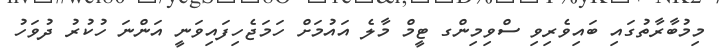
މިމުބާރާތުގައި ބައިިވެރިވި ސްވިމިންގ ޓީމް މާލެ އައުމަށް ހަމަޖެހިފައިވަނީ އަންނަ ހުކުރު ދުވަހު